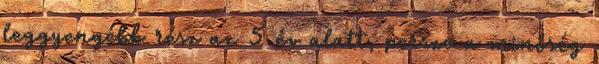
leggyengébb rész az 5 év alatt, persze a minőség